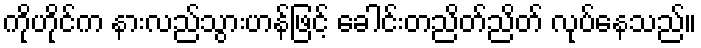
ကိုဟိုင်က နားလည်သွားဟန်ဖြင့် ခေါင်းတညိတ်ညိတ် လုပ်နေသည်။